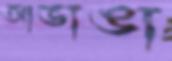
আভাঙা